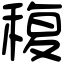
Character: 稪